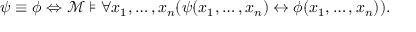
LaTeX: \psi \equiv \phi \Leftrightarrow { \mathcal { M } } \models \forall x _ { 1 } , \ldots , x _ { n } ( \psi ( x _ { 1 } , \ldots , x _ { n } ) \leftrightarrow \phi ( x _ { 1 } , \ldots , x _ { n } ) ) .